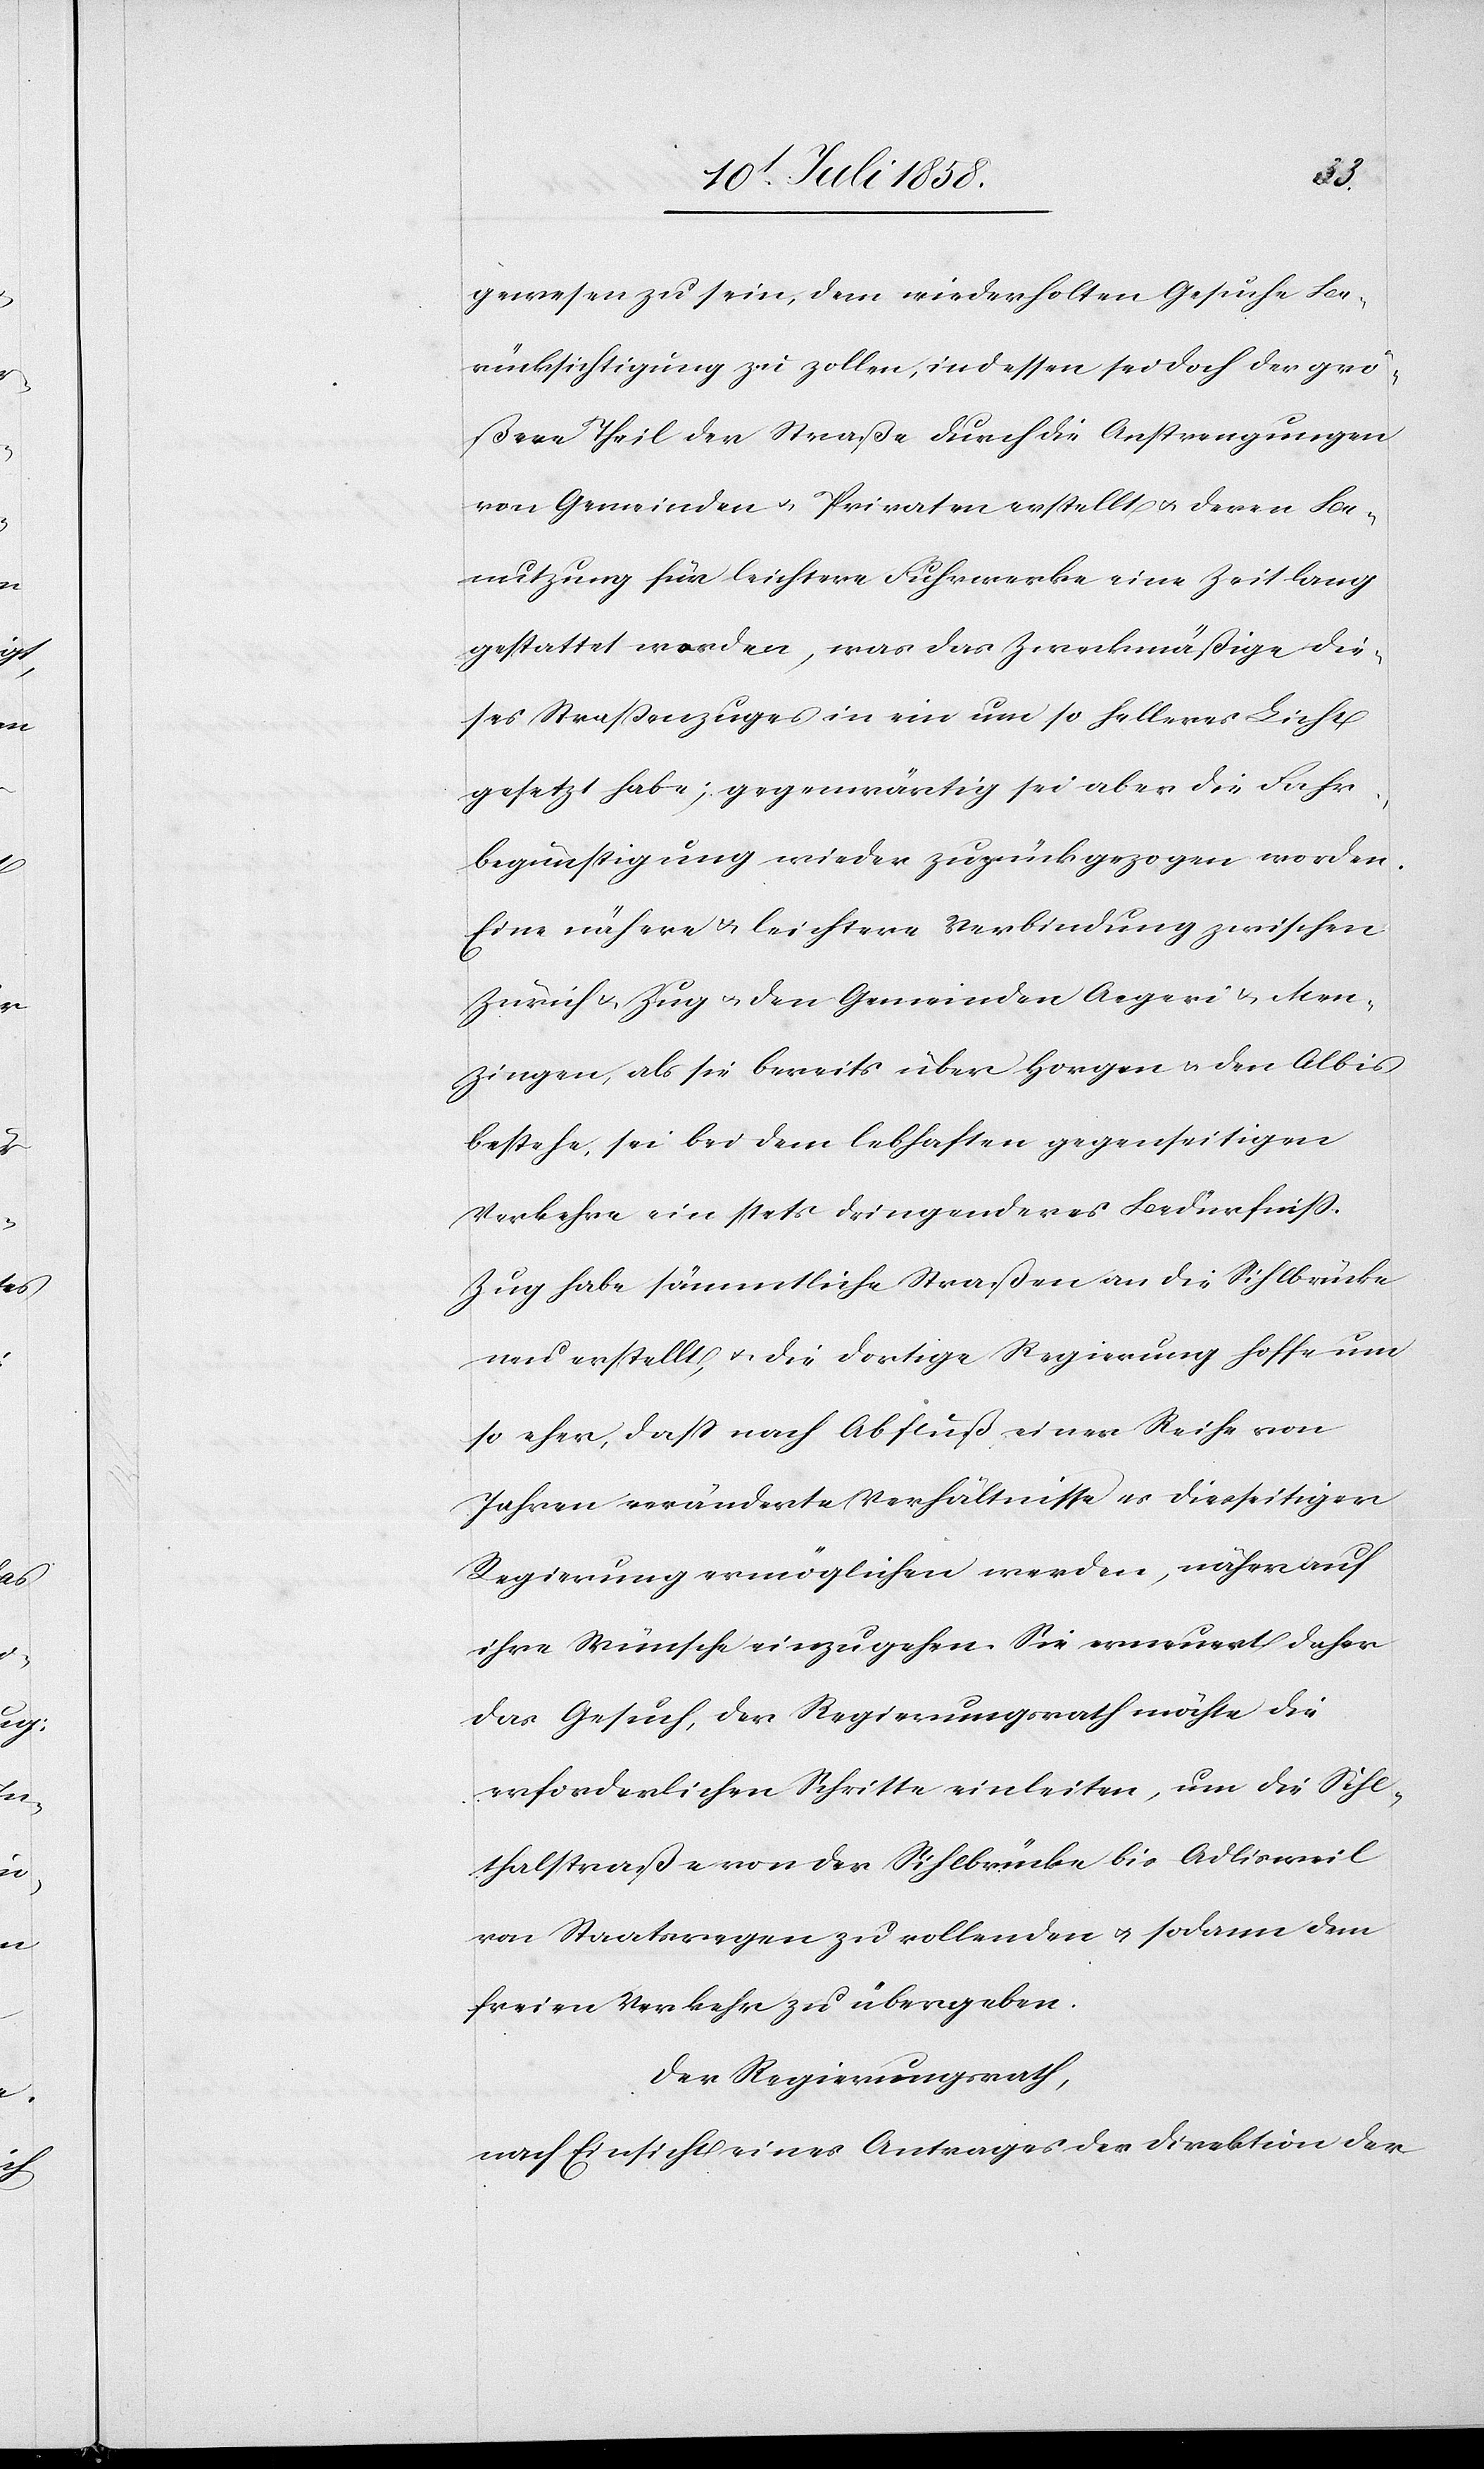
gewesen zu sein, dem wiederholten Gesuche Be¬
rücksichtigung zu zollen, indessen sei doch der grö¬
ßere Theil der Straße durch die Anstrengungen
von Gemeinden & Privaten erstellt & deren Be¬
nutzung für leichtere Fuhrwerke eine Zeit lang
gestattet worden, was das Zweckmäßige die¬
ses Straßenzuges in ein um so helleres Licht
gesetzt habe; gegenwärtig sei aber die Fahr¬
begünstigung wieder zurückgezogen worden.
Eine nähere & leichtere Verbindung zwischen
Zürich & Zug & den Gemeinden Aegeri & Men¬
zingen, als sie bereits über Horgen & den Albis
bestehe, sei bei dem lebhaften gegenseitigen
Verkehre ein stets dringenderes Bedürfniss.
Zug habe sämmtliche Straßen an die Sihlbrücke
neu erstellt, & die dortige Regierung hoffe um
so eher, dass nach Abfluß einer Reihe von
Jahren veränderte Verhältnisse es diesseitiger
Regierung ermöglichen werden, näher auf
ihre Wünsche einzugehen. Sie erneuert daher
das Gesuch, der Regierungsrath möchte die
erforderlichen Schritte einleiten, um die Sihl¬
thalstraße von der Sihlbrücke bis Adlisweil
von Staatswegen zu vollenden & sodann dem
freien Verkehr zu übergeben.
Der Regierungsrath,
nach Einsicht eines Antrages der Direktion der